Indian journal of veterinary science and animal husbandry - Volume 3,
Year: 1933
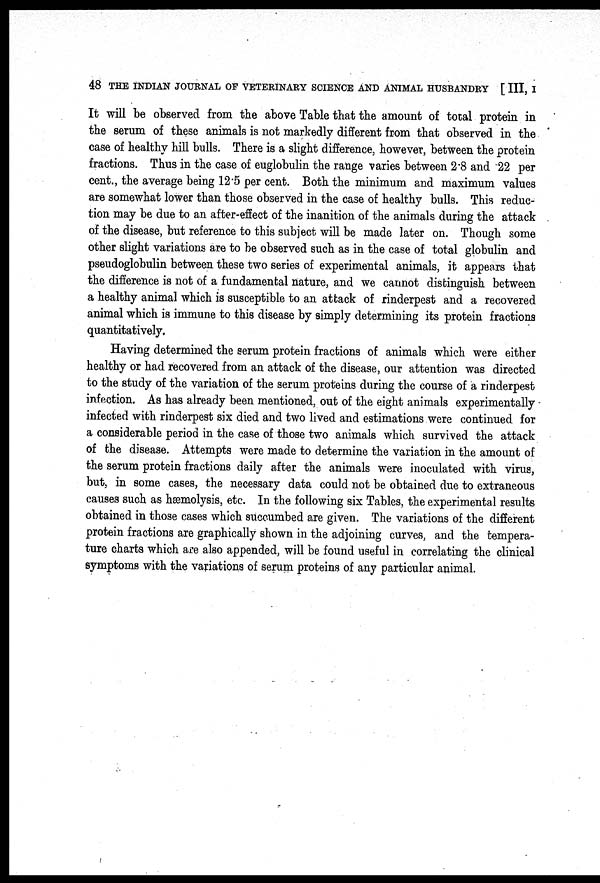
48 THE INDIAN JOURNAL OF VETERINARY SCIENCE AND ANIMAL HUSBANDRY [ III, I
It will be observed from the above Table that the amount of total protein in
the serum of these animals is not markedly different from that observed in the
case of healthy hill bulls. There is a slight difference, however, between the protein
fractions. Thus in the case of euglobulin the range varies between 2.8 and 22 per
cent., the average being 12.5 per cent. Both the minimum and maximum values
are somewhat lower than those observed in the case of healthy bulls. This reduc-
tion may be due to an after-effect of the inanition of the animals during the attack
of the disease, but reference to this subject will be made later on. Though some
other slight variations are to be observed such as in the case of total globulin and
pseudoglobulin between these two series of experimental animals, it appears that
the difference is not of a fundamental nature, and we cannot distinguish between
a healthy animal which is susceptible to an attack of rinderpest and a recovered
animal which is immune to this disease by simply determining its protein fractions
quantitatively.
Having determined the serum protein fractions of animals which were either
healthy or had recovered from an attack of the disease, our attention was directed
to the study of the variation of the serum proteins during the course of a rinderpest
infection. As has already been mentioned, out of the eight animals experimentally
infected with rinderpest six died and two lived and estimations were continued for
a considerable period in the case of those two animals which survived the attack
of the disease. Attempts were made to determine the variation in the amount of
the serum protein fractions daily after the animals were inoculated with virus,
but, in some cases, the necessary data could not be obtained due to extraneous
causes such as hæmolysis, etc. In the following six Tables, the experimental results
obtained in those cases which succumbed are given. The variations of the different
protein fractions are graphically shown in the adjoining curves, and the tempera-
ture charts which are also appended, will be found useful in correlating the clinical
symptoms with the variations of serum proteins of any particular animal.